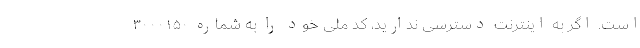
است. اگر به اینترنت دسترسی ندارید، کد ملی خود را به شماره ۳۰۰۰۱۵۰